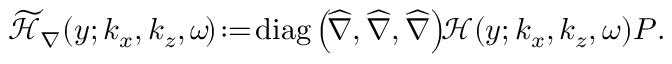
\begin{array} { r } { \mathcal { \widetilde { H } } _ { \nabla } ( y ; k _ { x } , k _ { z } , \omega \! ) \! : = \! \mathrm { d i a g } \left( \! \boldsymbol { \widehat { \nabla } } , \boldsymbol { \widehat { \nabla } } , \boldsymbol { \widehat { \nabla } } \right) \! \! \mathcal { H } ( y ; k _ { x } , k _ { z } , \omega ) \boldsymbol { P } . } \end{array}